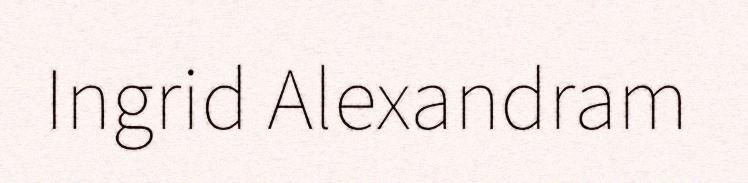
Ingrid Alexandram